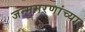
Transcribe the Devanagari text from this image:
जन्ममरणांच्या